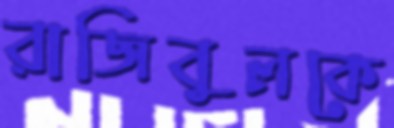
রাজিবুলকে